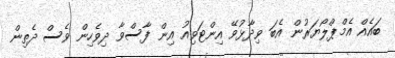
ބައެއް އެމްޕްލޯޔަރުން އެބަ ވިދާޅުވޭ އިންޓަވިއު އިން ފާސްވާ ދިވެހިން ވެސް ދެތިން